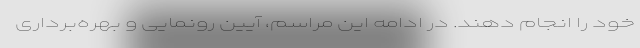
خود را انجام دهند. در ادامه این مراسم، آیین رونمایی و بهره‌برداری